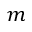
m